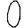
Digit: 0